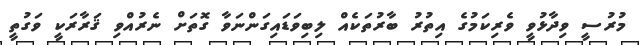
މުރުސީ ވިދާޅުވީ ވެރިކަމުގެ އިތުރު ބާރުތަކެއް ލިބިވަޑައިގަންނަވާ ގޮތަށް ނެރުއްވި ޤަރާރަކީ ވަގުތީ